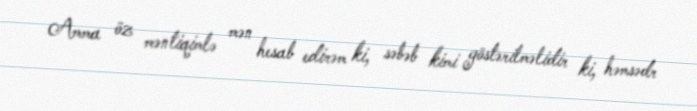
Amma öz məntiqimlə mən hesab edirəm ki, səbəb kimi göstərilməlidir ki, həmsədr